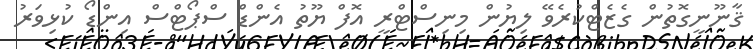
ޤާނޫނީގޮތުން ގެޒެޓްކުރެވޭ ލިޔުން މިނިސްޓްރީ އޮފް ޔޫތު އެންޑް ސްޕޯޓްސް އިންޑޯ ކުޅިވަރު